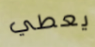
يعطي